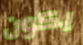
يكون